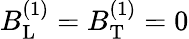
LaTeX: B_{\mathrm{L}}^{(1)}=B_{\mathrm{T}}^{(1)}=0